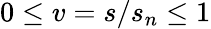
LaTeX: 0\leq v=s/s_{n}\leq 1